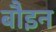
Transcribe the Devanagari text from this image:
बौइन